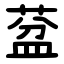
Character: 葐